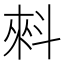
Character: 𰂤